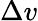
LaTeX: \Delta v